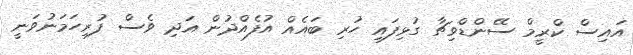
އައިސް ކްރީމް ސޭންޑްވިޗާ ގުޅިފައި ހުރި ބައެއް އުފެއްދުން އަދި ވެސް ފުރިހަމަނުވަނީ